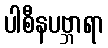
ပါစီနပဗ္ဘာရာ